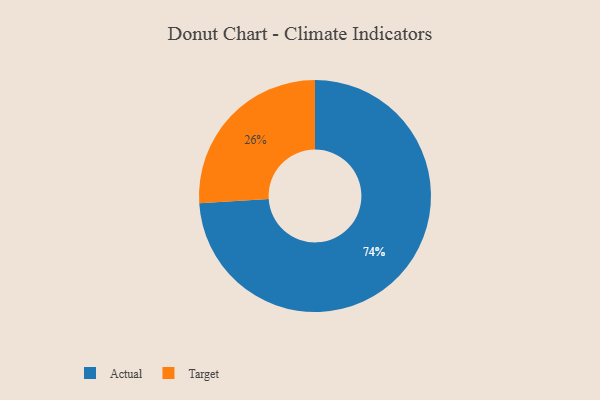
{"axis": {"x": "Category", "y": "Percentage"}, "legend": ["Actual", "Target"], "data": [{"x": "Actual", "y": 74, "type": "Actual"}, {"x": "Target", "y": 26, "type": "Target"}]}